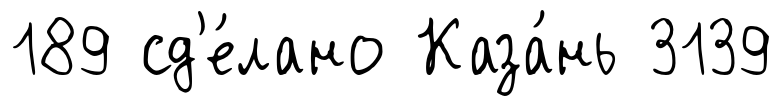
189 сд'е́лано Каза́нь 3139